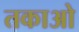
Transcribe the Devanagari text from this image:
तकाओ